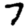
Digit: 7